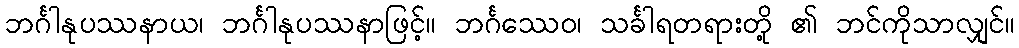
ဘင်္ဂါနုပဿနာယ၊ ဘင်္ဂါနုပဿနာဖြင့်။ ဘင်္ဂဿေဝ၊ သင်္ခါရတရားတို့ ၏ ဘင်ကိုသာလျှင်။